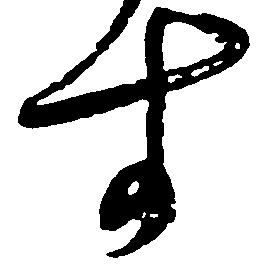
す